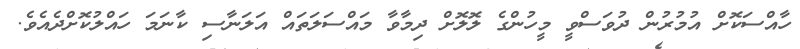
ހާއްސަކޮށް އުމުރުން ދުވަސްވީ މީހުންގެ ލޮލޮށް ދިމާވާ މައްސަލަތައް އަލަނާސި ކާނަމަ ހައްލުކޮށްދެއެވެ.